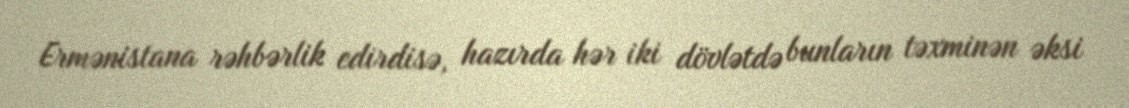
Ermənistana rəhbərlik edirdisə, hazırda hər iki dövlətdə bunların təxminən əksi